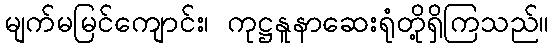
မျက်မမြင်ကျောင်း၊ ကုဋ္ဌနူနာဆေးရုံတို့ရှိကြသည်။